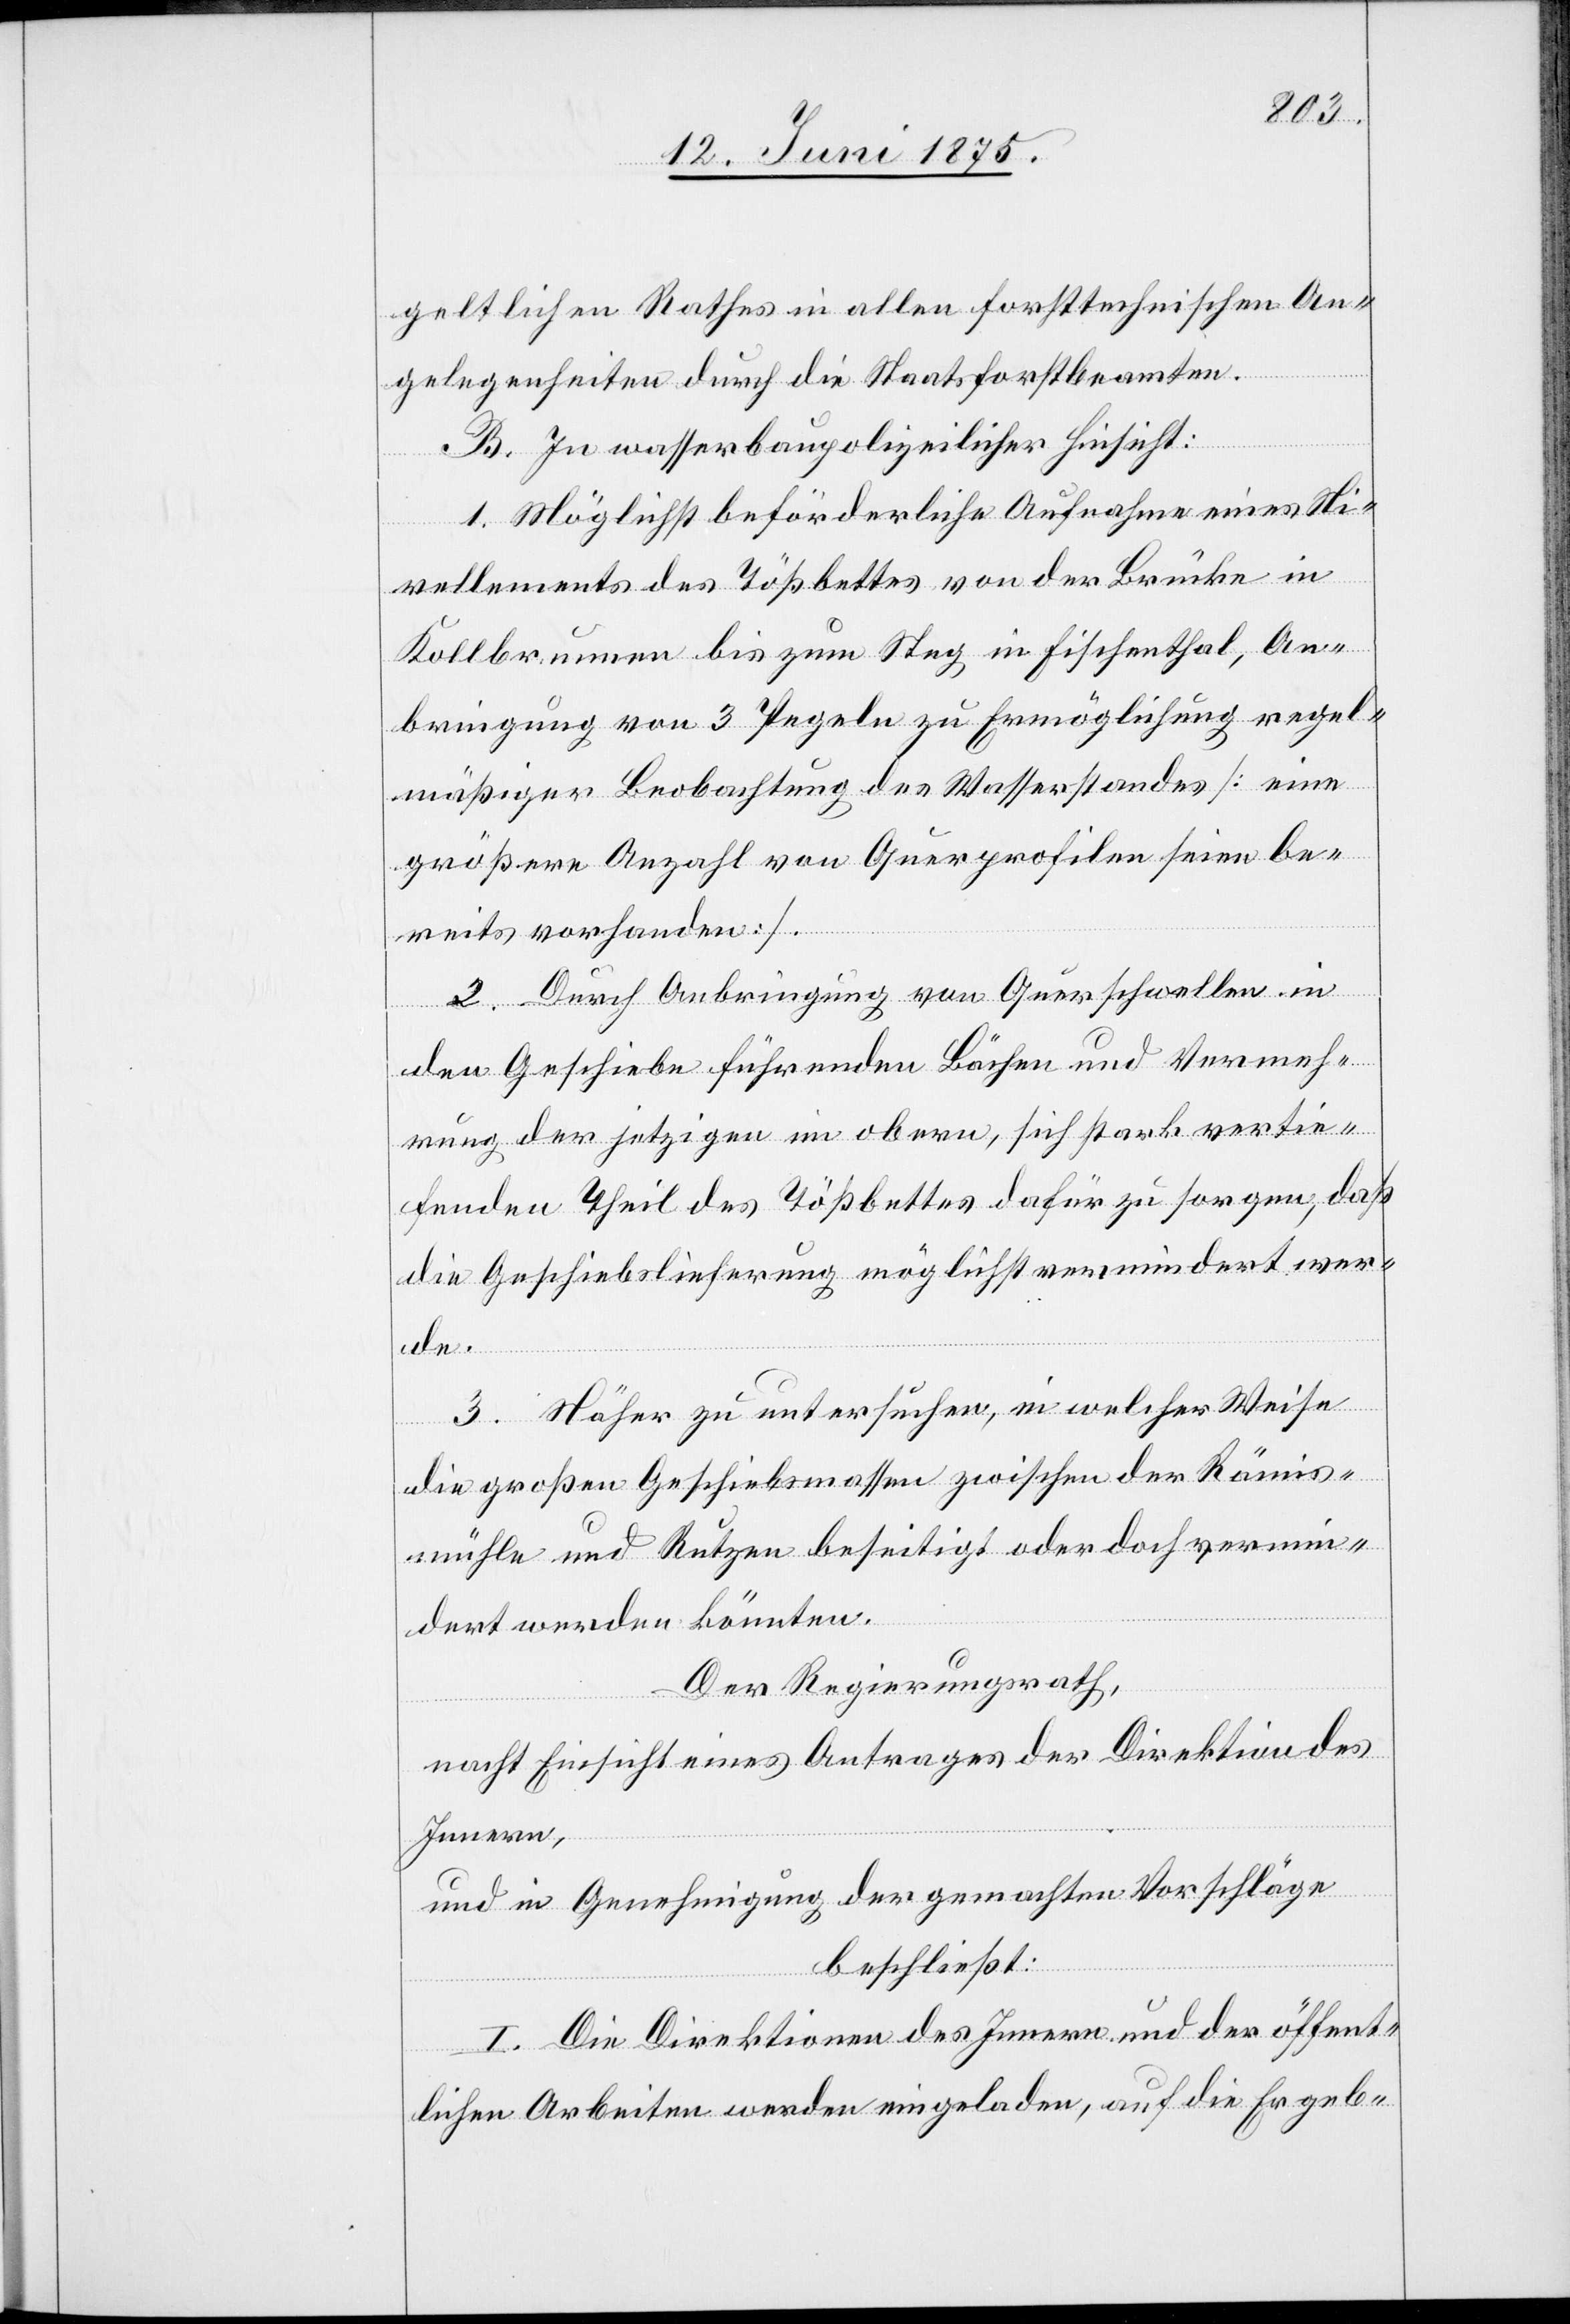
geltlichen Rathes in allen forsttechnischen An¬
gelegenheiten durch die Staatsforstbeamten.
B. In wasserbaupolizeilicher Hinsicht:
1. Möglichst beförderliche Aufnahme eines Ni¬
vellements des Tößbettes von der Brücke in
Kollbrunnen bis zum Steg in Fischenthal, An¬
bringung von 3 Pegeln zu Ermöglichung regel¬
mäßiger Beobachtung des Wasserstandes [eine
größere Anzahl von Querprofilen seien be¬
reits vorhanden].
2. Durch Anbringung von Querschwellen in
den Geschiebe führenden Bächen und Vermeh¬
rung der jetzigen im obern, sich stark vertie¬
fenden Theil des Tößbettes dafür zu sorgen, daß
die Geschiebslieferung möglichst vermindert wer¬
de.
3. Näher zu untersuchen, in welcher Weise
die großen Geschiebsmassen zwischen der Rämis¬
mühle und Rutzen beseitigt oder doch vermin¬
dert werden könnten.
Der Regierungsrath,
nach Einsicht eines Antrages der Direktion des
Innern,
und in Genehmigung der gemachten Vorschläge
beschließt:
I. Die Direktion des Innern und der öffent¬
lichen Arbeiten werden eingeladen, auf die Ergeb-